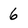
Character: 6